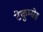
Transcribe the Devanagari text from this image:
टेकुम्सेह